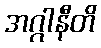
အဂ္ဂါနီတိ